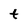
Character: t